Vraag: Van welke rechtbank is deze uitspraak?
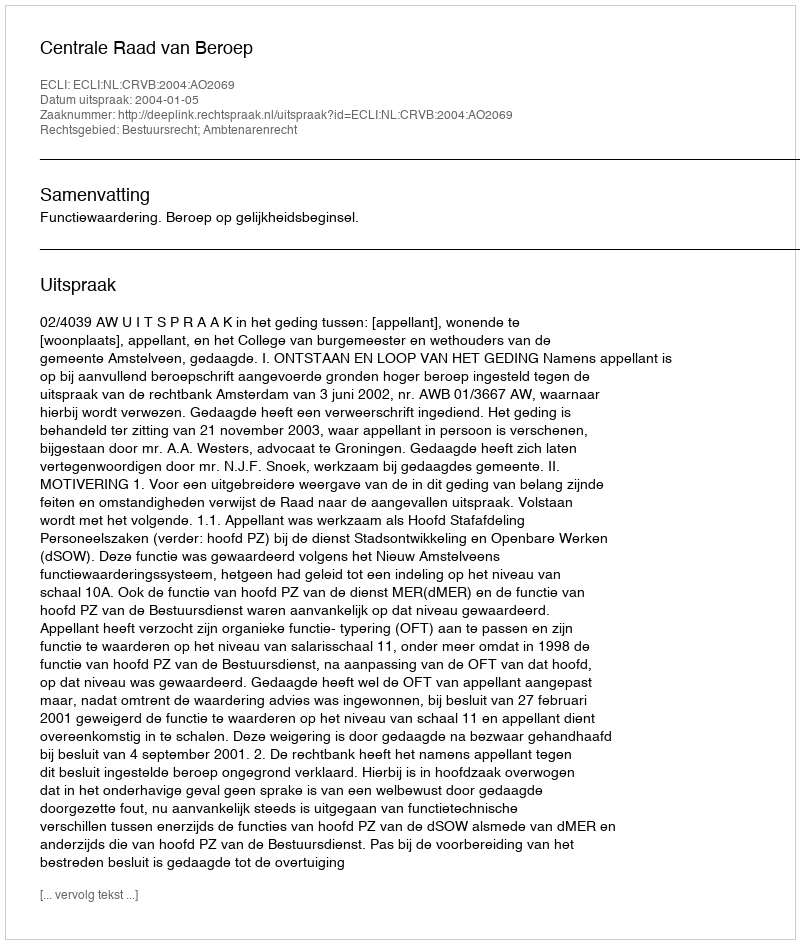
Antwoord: Centrale Raad van Beroep